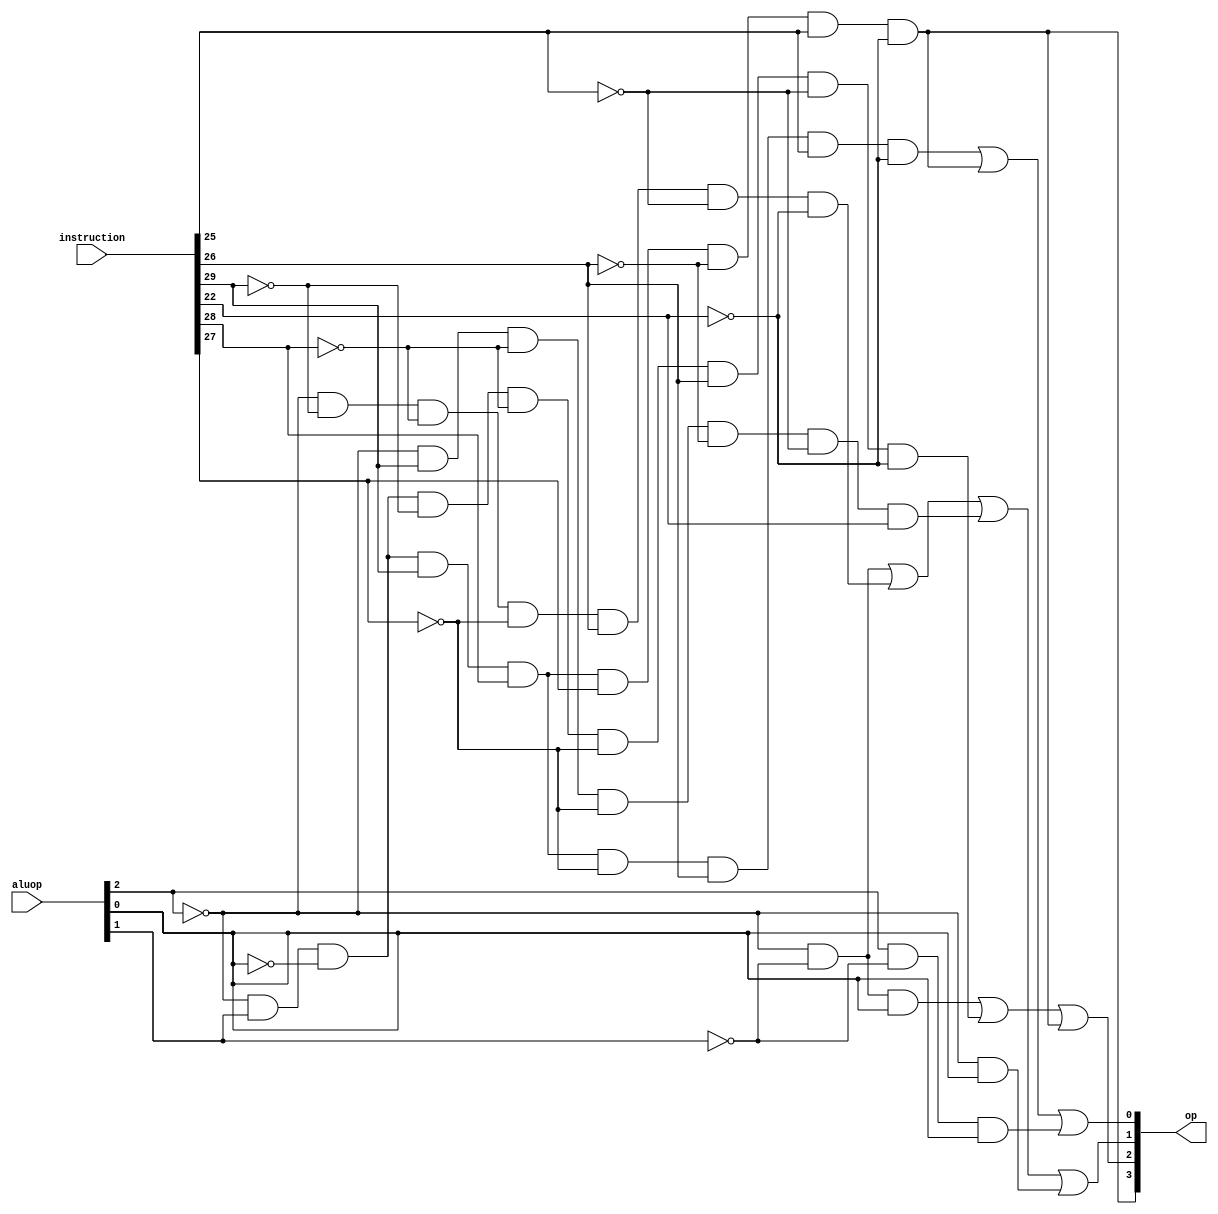
module ALUCU(
	input [2:0] aluop,
	input [31:0] instruction,
	output [3:0] op
	);
	
	wire [8:0] f;

	assign f[8] = instruction[29];
	assign f[7] = instruction[28];
	assign f[6] = instruction[27];
	assign f[5] = instruction[26];
	assign f[4] = instruction[25];
	assign f[1] = instruction[22];

	wire x,y,z;
	assign x = aluop[2];
	assign y = aluop[1];
	assign z = aluop[0];

	assign op[0] = (~x & y & ~z & f[8] & f[7] & ~f[6] & f[5] & f[4] & ~f[1]) | (~x & y & ~z & f[8] & f[7] & f[6] & ~f[5] & f[4] & ~f[1]) | (x & ~y & z);
	assign op[1] = (~x & ~y) | (~x & ~f[8] & ~f[7] & ~f[6] & f[5] & ~f[4] & ~f[1]) | (~x & f[8] & ~f[7] & ~f[6] & ~f[5] & ~f[4] & f[1]) | (~x & z);
	assign op[2] = (~x & ~y & z) | (~x & y & ~z & ~f[8] & ~f[7] & ~f[6] & f[5] & ~f[4] & ~f[1]) | (~x & y & ~z & f[8] & f[7] & f[6] & ~f[5] & f[4] & ~f[1]);
	assign op[3] = (~x & y & ~z & f[8] & f[7] & f[6] & ~f[5] & f[4] & ~f[1]);

endmodule